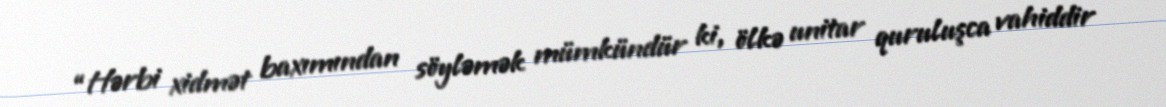
“Hərbi xidmət baxımından söyləmək mümkündür ki, ölkə unitar quruluşca vahiddir